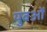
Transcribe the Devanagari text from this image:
युवओं